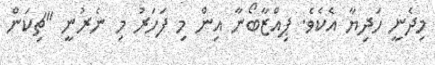
މިދެނީ ހަދިޔާ އެކެވެ. ޕިއްޒާބޯނާ އިން މި ފަހަރު މި ނެރުނީ "ޗިކަން